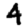
Digit: 4